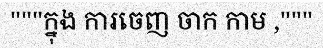
"""ក្នុង ការចេញ ចាក កាម ,"""